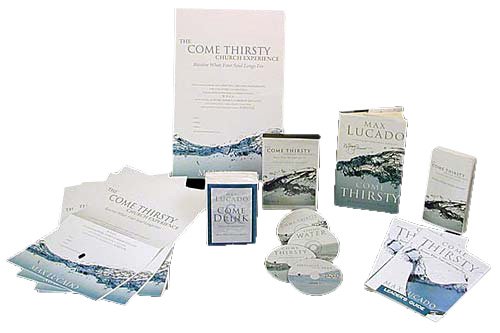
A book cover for Come Thirsty Church Kit: Level 1; Max Lucado; Christian Books & Bibles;